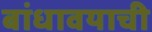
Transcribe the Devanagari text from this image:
बांधावयाची